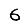
Digit: 6